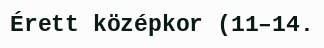
Érett középkor (11–14.